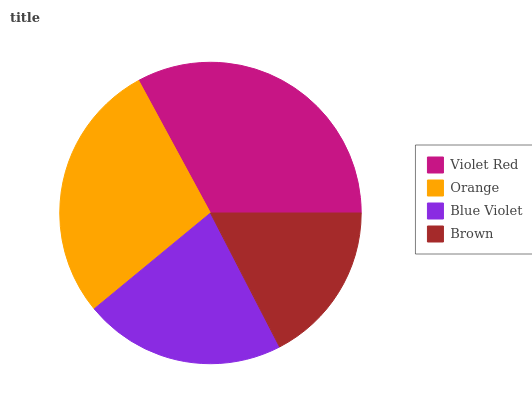
| Violet Red | Orange | Blue Violet | Brown |
 | --- | --- | --- | --- |
 | 33% | 28% | 21.7% | 17.4% |